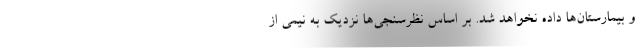
و بیمارستان‌ها داده نخواهد شد. بر اساس نظرسنجی‌ها نزدیک به نیمی از